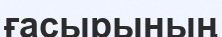
ғасырының